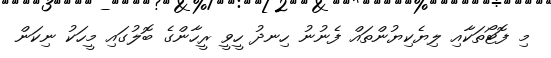
މި ފޮޓޯތަކާއި ލިޔެކިޔުންތައް ފެނުނު ހިނދު ހީވީ ރީހާންގެ ބޮލުގައި މީހަކު ނިކަން